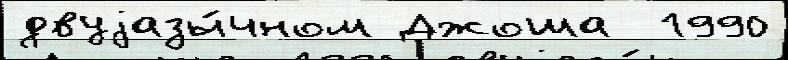
двуjазы́чном Джоша  1990